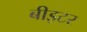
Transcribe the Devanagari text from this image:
बीइटर